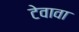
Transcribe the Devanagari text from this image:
टेवावा